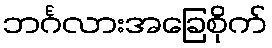
ဘင်္ဂလားအခြေစိုက်